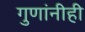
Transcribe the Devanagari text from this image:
गुणांनीही